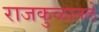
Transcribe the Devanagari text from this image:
राजकुळातले